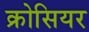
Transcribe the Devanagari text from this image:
क्रोसियर